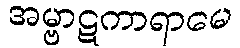
အမ္ဗာဋကာရာမေ